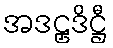
အဒဠှဒိဋ္ဌီ